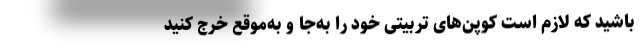
باشید که لازم است کوپن‌های تربیتی خود را به‌جا و به‌موقع خرج کنید